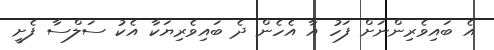
އެ ބައިވެރިންނަށް ފަހު އާ އެހެން ދެ ބައިވެރިޔަކާ އެކު ސަލްސާ ފެށީ